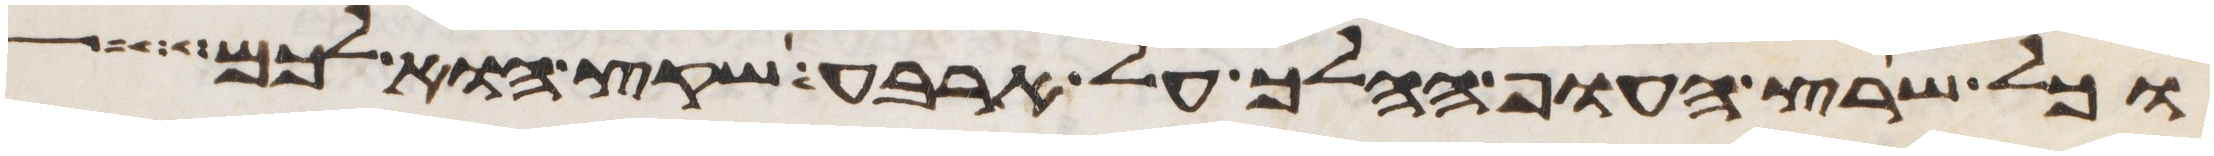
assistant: כל שרץ העוף ההלך על ארבע שקץ הוא לכם